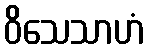
ဝိသေသာဟံ